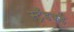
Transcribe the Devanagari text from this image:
स्ट्रँडकडे